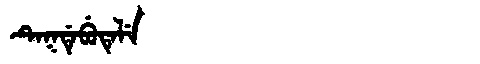
Manchu: ᡨᡝᡴᡩᡝᠪᡠᡨᡝᠯᡝ
Romanization: TEKDEBUTELE